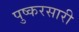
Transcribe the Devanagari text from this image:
पुष्करसारी